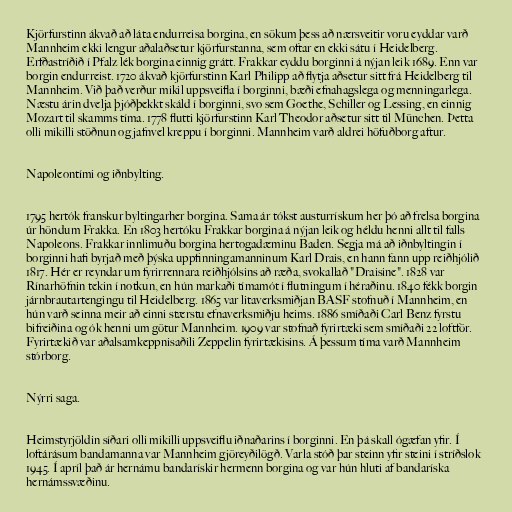
Kjörfurstinn ákvað að láta endurreisa borgina, en sökum þess að nærsveitir voru eyddar varð
Mannheim ekki lengur aðalaðsetur kjörfurstanna, sem oftar en ekki sátu í Heidelberg.
Erfðastríðið í Pfalz lék borgina einnig grátt. Frakkar eyddu borginni á nýjan leik 1689. Enn var
borgin endurreist. 1720 ákvað kjörfurstinn Karl Philipp að flytja aðsetur sitt frá Heidelberg til
Mannheim. Við það verður mikil uppsveifla í borginni, bæði efnahagslega og menningarlega.
Næstu árin dvelja þjóðþekkt skáld í borginni, svo sem Goethe, Schiller og Lessing, en einnig
Mozart til skamms tíma. 1778 flutti kjörfurstinn Karl Theodor aðsetur sitt til München. Þetta
olli mikilli stöðnun og jafnvel kreppu í borginni. Mannheim varð aldrei höfuðborg aftur.

Napoleontími og iðnbylting.

1795 hertók franskur byltingarher borgina. Sama ár tókst austurrískum her þó að frelsa borgina
úr höndum Frakka. En 1803 hertóku Frakkar borgina á nýjan leik og héldu henni allt til falls
Napoleons. Frakkar innlimuðu borgina hertogadæminu Baden. Segja má að iðnbyltingin í
borginni hafi byrjað með þýska uppfinningamanninum Karl Drais, en hann fann upp reiðhjólið
1817. Hér er reyndar um fyrirrennara reiðhjólsins að ræða, svokallað "Draisine". 1828 var
Rínarhöfnin tekin í notkun, en hún markaði tímamót í flutningum í héraðinu. 1840 fékk borgin
járnbrautartengingu til Heidelberg. 1865 var litaverksmiðjan BASF stofnuð í Mannheim, en
hún varð seinna meir að einni stærstu efnaverksmiðju heims. 1886 smíðaði Carl Benz fyrstu
bifreiðina og ók henni um götur Mannheim. 1909 var stofnað fyrirtæki sem smíðaði 22 loftför.
Fyrirtækið var aðalsamkeppnisaðili Zeppelin fyrirtækisins. Á þessum tíma varð Mannheim
stórborg.

Nýrri saga.

Heimstyrjöldin síðari olli mikilli uppsveiflu iðnaðarins í borginni. En þá skall ógæfan yfir. Í
loftárásum bandamanna var Mannheim gjöreyðilögð. Varla stóð þar steinn yfir steini í stríðslok
1945. Í apríl það ár hernámu bandarískir hermenn borgina og var hún hluti af bandaríska
hernámssvæðinu.